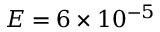
E = 6 \times 1 0 ^ { - 5 }